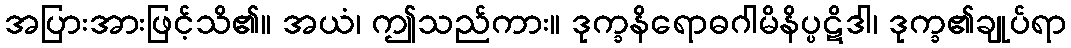
အပြားအားဖြင့်သိ၏။ အယံ၊ ဤသည်ကား။ ဒုက္ခနိရောဓဂါမိနိပ္ပဋိဒါ၊ ဒုက္ခ၏ချုပ်ရာ